Report of the King Institute of Preventive Medicine, Guindy
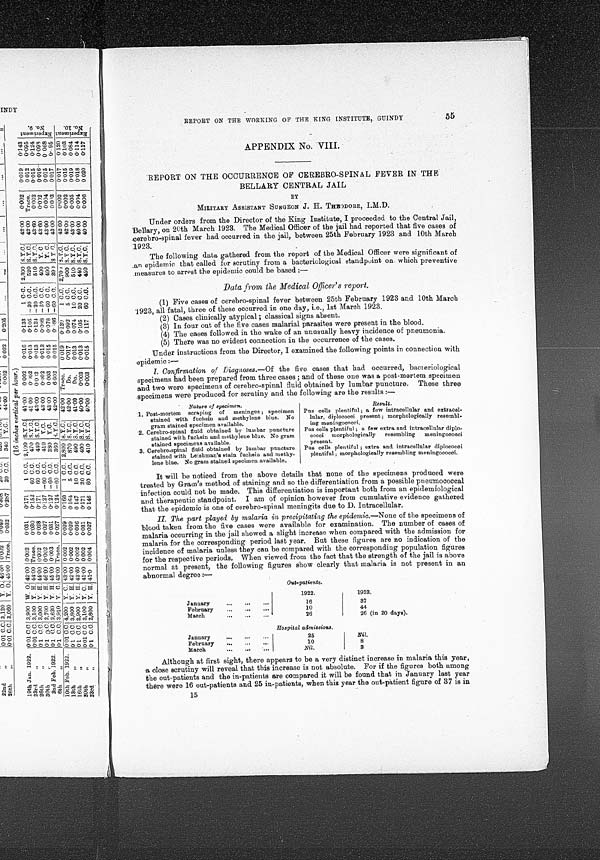
REPORT ON THE WORKING OF THE KING INSTITUTE, GUINDY
55
APPENDIX No. VIII.
REPORT ON THE OCCURRENCE OF CEREBRO-SPINAL FEVER IN THE
BELLARY CENTRAL JAIL
BY
MILITARY ASSISTANT SURGEON J. H. THEODORE, I.M.D.
Under orders from the Director of the King Institute, I proceeded to the Central Jail,
Bellary, on 20th March 1923. The Medical Officer of the jail had reported that five cases of
cerebro-spinal fever had occurred in the jail, between 25th February 1923 and 10th March
1923.
The following data gathered from the report of the Medical Officer were significant of
an epidemic that called for scrutiny from a bacteriological standpoint on which preventive
measures to arrest the epidemic could be based : —
Data from the Medical Officer's report.
(1) Five cases of cerebro-spinal fever between 25th February 1923 and 10th March
1923, all fatal, three of these occurred in one day, i.e., 1st March 1923.
(2) Cases clinically atypical ; classical signs absent.
(3) In four out of the five cases malarial parasites were present in the blood.
(4) The cases followed in the wake of an unusually heavy incidence of pneumonia.
(5) There was no evident connection in the occurrence of the cases.
Under instructions from the Director, I examined the following points in connection with
epidemic :—
I. Confirmation of Diagnoses.—Of the five cases that had occurred, bacteriological
specimens had been prepared from three cases ; and of these one was a post-mortem specimen
and two were specimens of cerebro-spinal fluid obtained by lumbar puncture. These three
specimens were produced for scrutiny and the following are the results :—
Nature of specimen.
Result.
1. Post-mortem scraping of
meninges ; specimen
stained with fuchsin and methylene blue. No
gram stained specimen available.
Pus cells plentiful ; a few intracellular and extracel -
lular, diplococci present; morphologically resembl -
ing meningococci.
2. Cerebro-spinal fluid obtained by lumbar puncture
stained with fuchsin and methylene blue. No gram
stained specimens available.
Pus cells plentiful ; a few extra and intracellular diplo
-
cocci morphologically
resembling
meningococci
present.
3. Cerebro-spinal fluid obtained by lumbar puncture
stained with Leishman's stain fuchsin and methy-
lene blue. No gram stained specimen available.
Pus cells plentiful ; extra and intracellular diplococci
plentiful ; morphologically resembling meningococci.
It will be noticed from the above details that none of the specimens produced were
treated by Gram's method of staining and so the differentiation from a possible pneumococcal
in f ection could not be made. This differentiation is important both from an epidemiological
and therapeutic standpoint. I am of opinion however from cumulative evidence gathered
that the epidemic is one of cerebro-spinal meningits due to D. Intracellular.
II. The part played by malaria in precipitating the epidemic.—None of the specimens of
blood taken from the five cases were available for examination. The number of cases of
malaria occurring in the jail showed a slight increase when compared with the admission for
malaria for the corresponding period last year. But these figures are no indication of the
incidence of malaria unless they can be compared with the corresponding population figures
for the respective periods. When viewed from the fact that the strength of the jail is above
normal at present, the following figures show clearly that malaria is not present in an
abnormal degree :—
Out-patients.
1922.
1923.
January
...
...
16
37
. . .
February
...
..
...
10
44
March
...
...
...
26
26 (in 20 days).
Hospital admissions.
January
... ... ...
25
Nil.
February
...
...
10
8
March
...
. . .
Nil.
3
Although at first sight, there appears to be a very distinct increase in malaria this year,
a close scrutiny will reveal that this increase is not absolute. For if the figures both among
the out-patients and the in-patients are compared it will be found that in January last year
there were 16 out-patients and 25 in-patients, when this year the out-patient figure of 37 is in
15